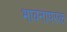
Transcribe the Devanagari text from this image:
भावनापरक